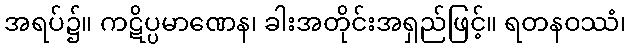
အရပ်၌။ ကဋိပ္ပမာဏေန၊ ခါးအတိုင်းအရှည်ဖြင့်။ ရတနဝဿံ၊